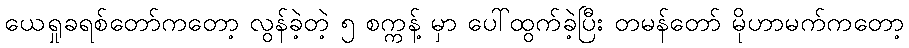
ယေရှုခရစ်တော်ကတော့ လွန်ခဲ့တဲ့ ၅ စက္ကန့် မှာ ပေါ်ထွက်ခဲ့ပြီး တမန်တော် မိုဟာမက်ကတော့